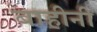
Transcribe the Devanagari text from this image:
बाहीनी